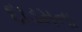
દાડમના